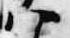
八